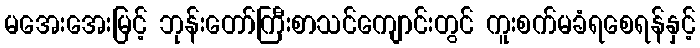
မအေးအေးမြင့် ဘုန်းတော်ကြီးစာသင်ကျောင်းတွင် ကူးစက်မခံရစေရန်နှင့်